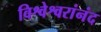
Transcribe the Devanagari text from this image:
विश्वेश्वरांनंद